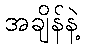
အချိန်နဲ့